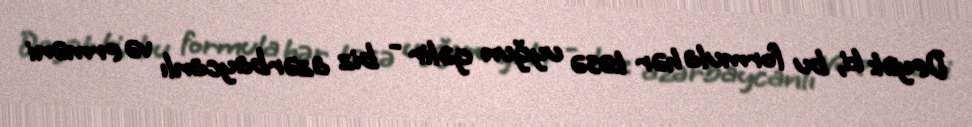
Deyək ki, bu formula hər kəsə uyğun gəlir - biz azərbaycanlı və erməni